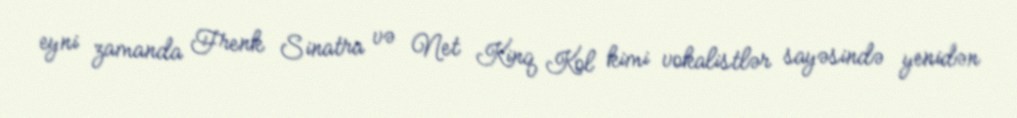
eyni zamanda Frenk Sinatra və Net Kinq Kol kimi vokalistlər sayəsində yenidən